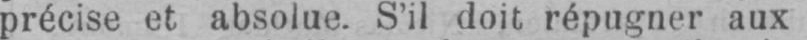
précise et absolue. S’il doit répugner aux